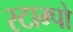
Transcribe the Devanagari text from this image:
स्टाम्पों